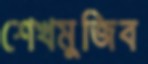
শেখমুজিব